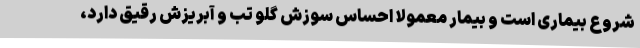
شروع بیماری است و بیمار معمولا احساس سوزش گلو تب و آبریزش رقیق دارد،